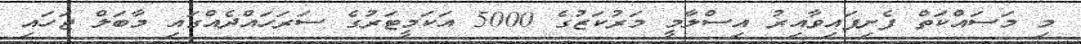
މި މަސައްކަތް ފެށިފައިވާއިރު އިސްލާމީ މަރުކަޒުގެ 5000 އަކަމީޓަރުގެ ސަރަހައްދެއްގައި މާބަލް ޖަހައި